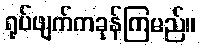
ရုပ်ဖျက်ကခုန်ကြမည်။